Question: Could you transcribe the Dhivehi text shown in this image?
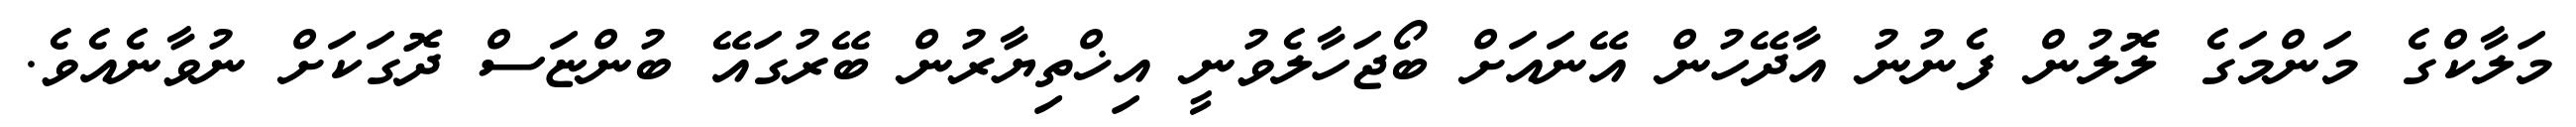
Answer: މަލާކްގެ މަންމަގެ ލޮލުން ފެނުނު އާދޭހުން އޭނައަށް ބޯޖަހާލެވުނީ އިޚްތިޔާރުން ބޭރުގައޭ ބުންޏަސް ދޮގަކަށް ނުވާނެއެވެ.